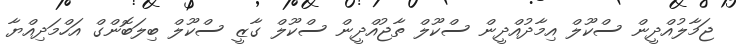
ޖަމާލުއްދީން ސްކޫލް އިމާދުއްދީން ސްކޫލް ތާޖުއްދީން ސްކޫލް ގާޒީ ސްކޫލް ބިލަބޮންގް އަހްމަދިއްޔާ